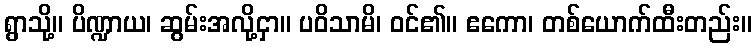
ရွာသို့။ ပိဏ္ဍာယ၊ ဆွမ်းအလို့ငှာ။ ပဝိသာမိ၊ ဝင်၏။ ဧကော၊ တစ်ယောက်ထီးတည်း။